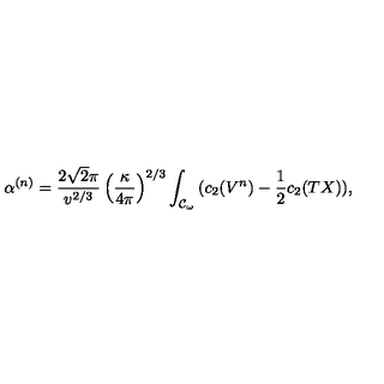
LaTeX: \alpha ^ { ( n ) } = \frac { 2 \sqrt { 2 } \pi } { v ^ { 2 / 3 } } \left( \frac { \kappa } { 4 \pi } \right) ^ { 2 / 3 } \int _ { { \cal { C } } _ { \omega } } { ( c _ { 2 } ( V ^ { n } ) - \frac { 1 } { 2 } c _ { 2 } ( T X ) ) } ,